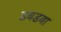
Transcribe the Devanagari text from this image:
डबडबा